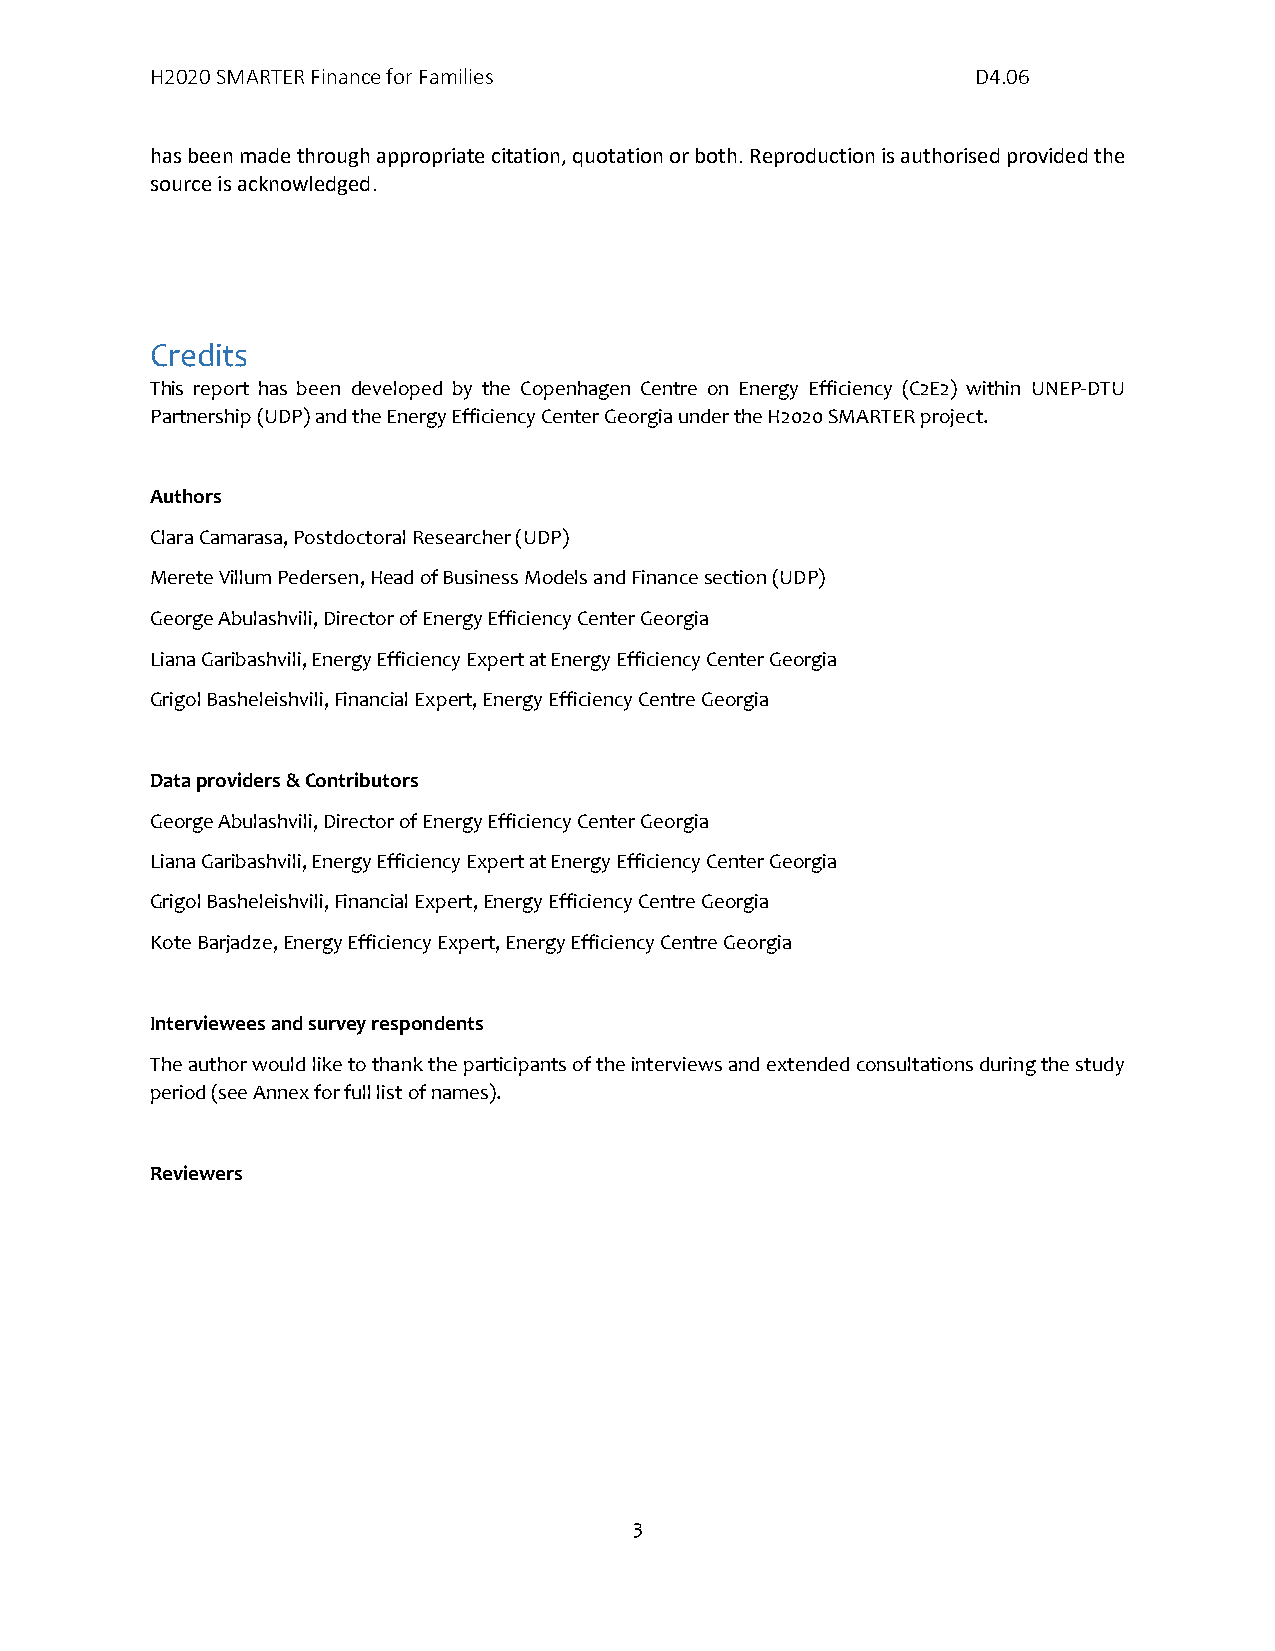
H2020 SMARTER Finance for Families                     D4.06
 has been made through appropriate citation, quotation or both. Reproduction is authorised provided the
 source is acknowledged.
 Credits
 This report has been developed by the Copenhagen Centre on Energy Efficiency (C2E2) within UNEP-DTU
 Partnership (UDP) and the Energy Efficiency Center Georgia under the H2020 SMARTER project.
 Authors
 Clara Camarasa, Postdoctoral Researcher (UDP)
 Merete Villum Pedersen, Head of Business Models and Finance section (UDP)
 George Abulashvili, Director of Energy Efficiency Center Georgia
 Liana Garibashvili, Energy Efficiency Expert at Energy Efficiency Center Georgia
 Grigol Basheleishvili, Financial Expert, Energy Efficiency Centre Georgia
 Data providers & Contributors
 George Abulashvili, Director of Energy Efficiency Center Georgia
 Liana Garibashvili, Energy Efficiency Expert at Energy Efficiency Center Georgia
 Grigol Basheleishvili, Financial Expert, Energy Efficiency Centre Georgia
 Kote Barjadze, Energy Efficiency Expert, Energy Efficiency Centre Georgia
 Interviewees and survey respondents
 The author would like to thank the participants of the interviews and extended consultations during the study
 period (see Annex for full list of names).
 Reviewers
 3